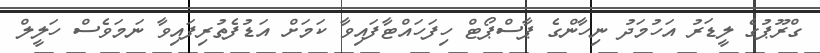
ގްރޫޕުގެ ލީޑަރު އަހުމަދު ނިހާންގެ ޕާސްޕޯޓް ހިފަހައްޓާފައިވާ ކަމަށް އަޑުފެތުރިފައިވާ ނަމަވެސް ހަލީލް